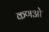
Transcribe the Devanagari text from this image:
कणओ